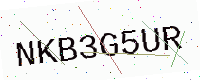
Text: NKB3G5UR